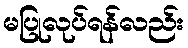
မပြုလုပ်ရန်လည်း